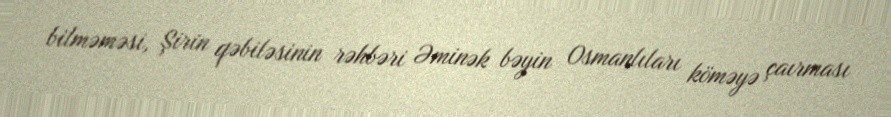
bilməməsi, Şirin qəbiləsinin rəhbəri Əminək bəyin Osmanlıları köməyə çaırması